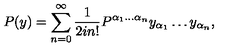
P ( y ) = \sum _ { n = 0 } ^ { \infty } \frac { 1 } { 2 i n ! } P ^ { \alpha _ { 1 } \ldots \alpha _ { n } } y _ { \alpha _ { 1 } } \ldots y _ { \alpha _ { n } } ,